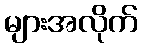
များအလိုက်